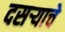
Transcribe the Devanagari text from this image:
दसऱ्याचे